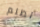
تظلم